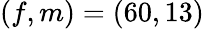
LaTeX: (f,m)=(60,13)